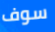
سوف